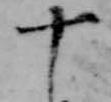
十